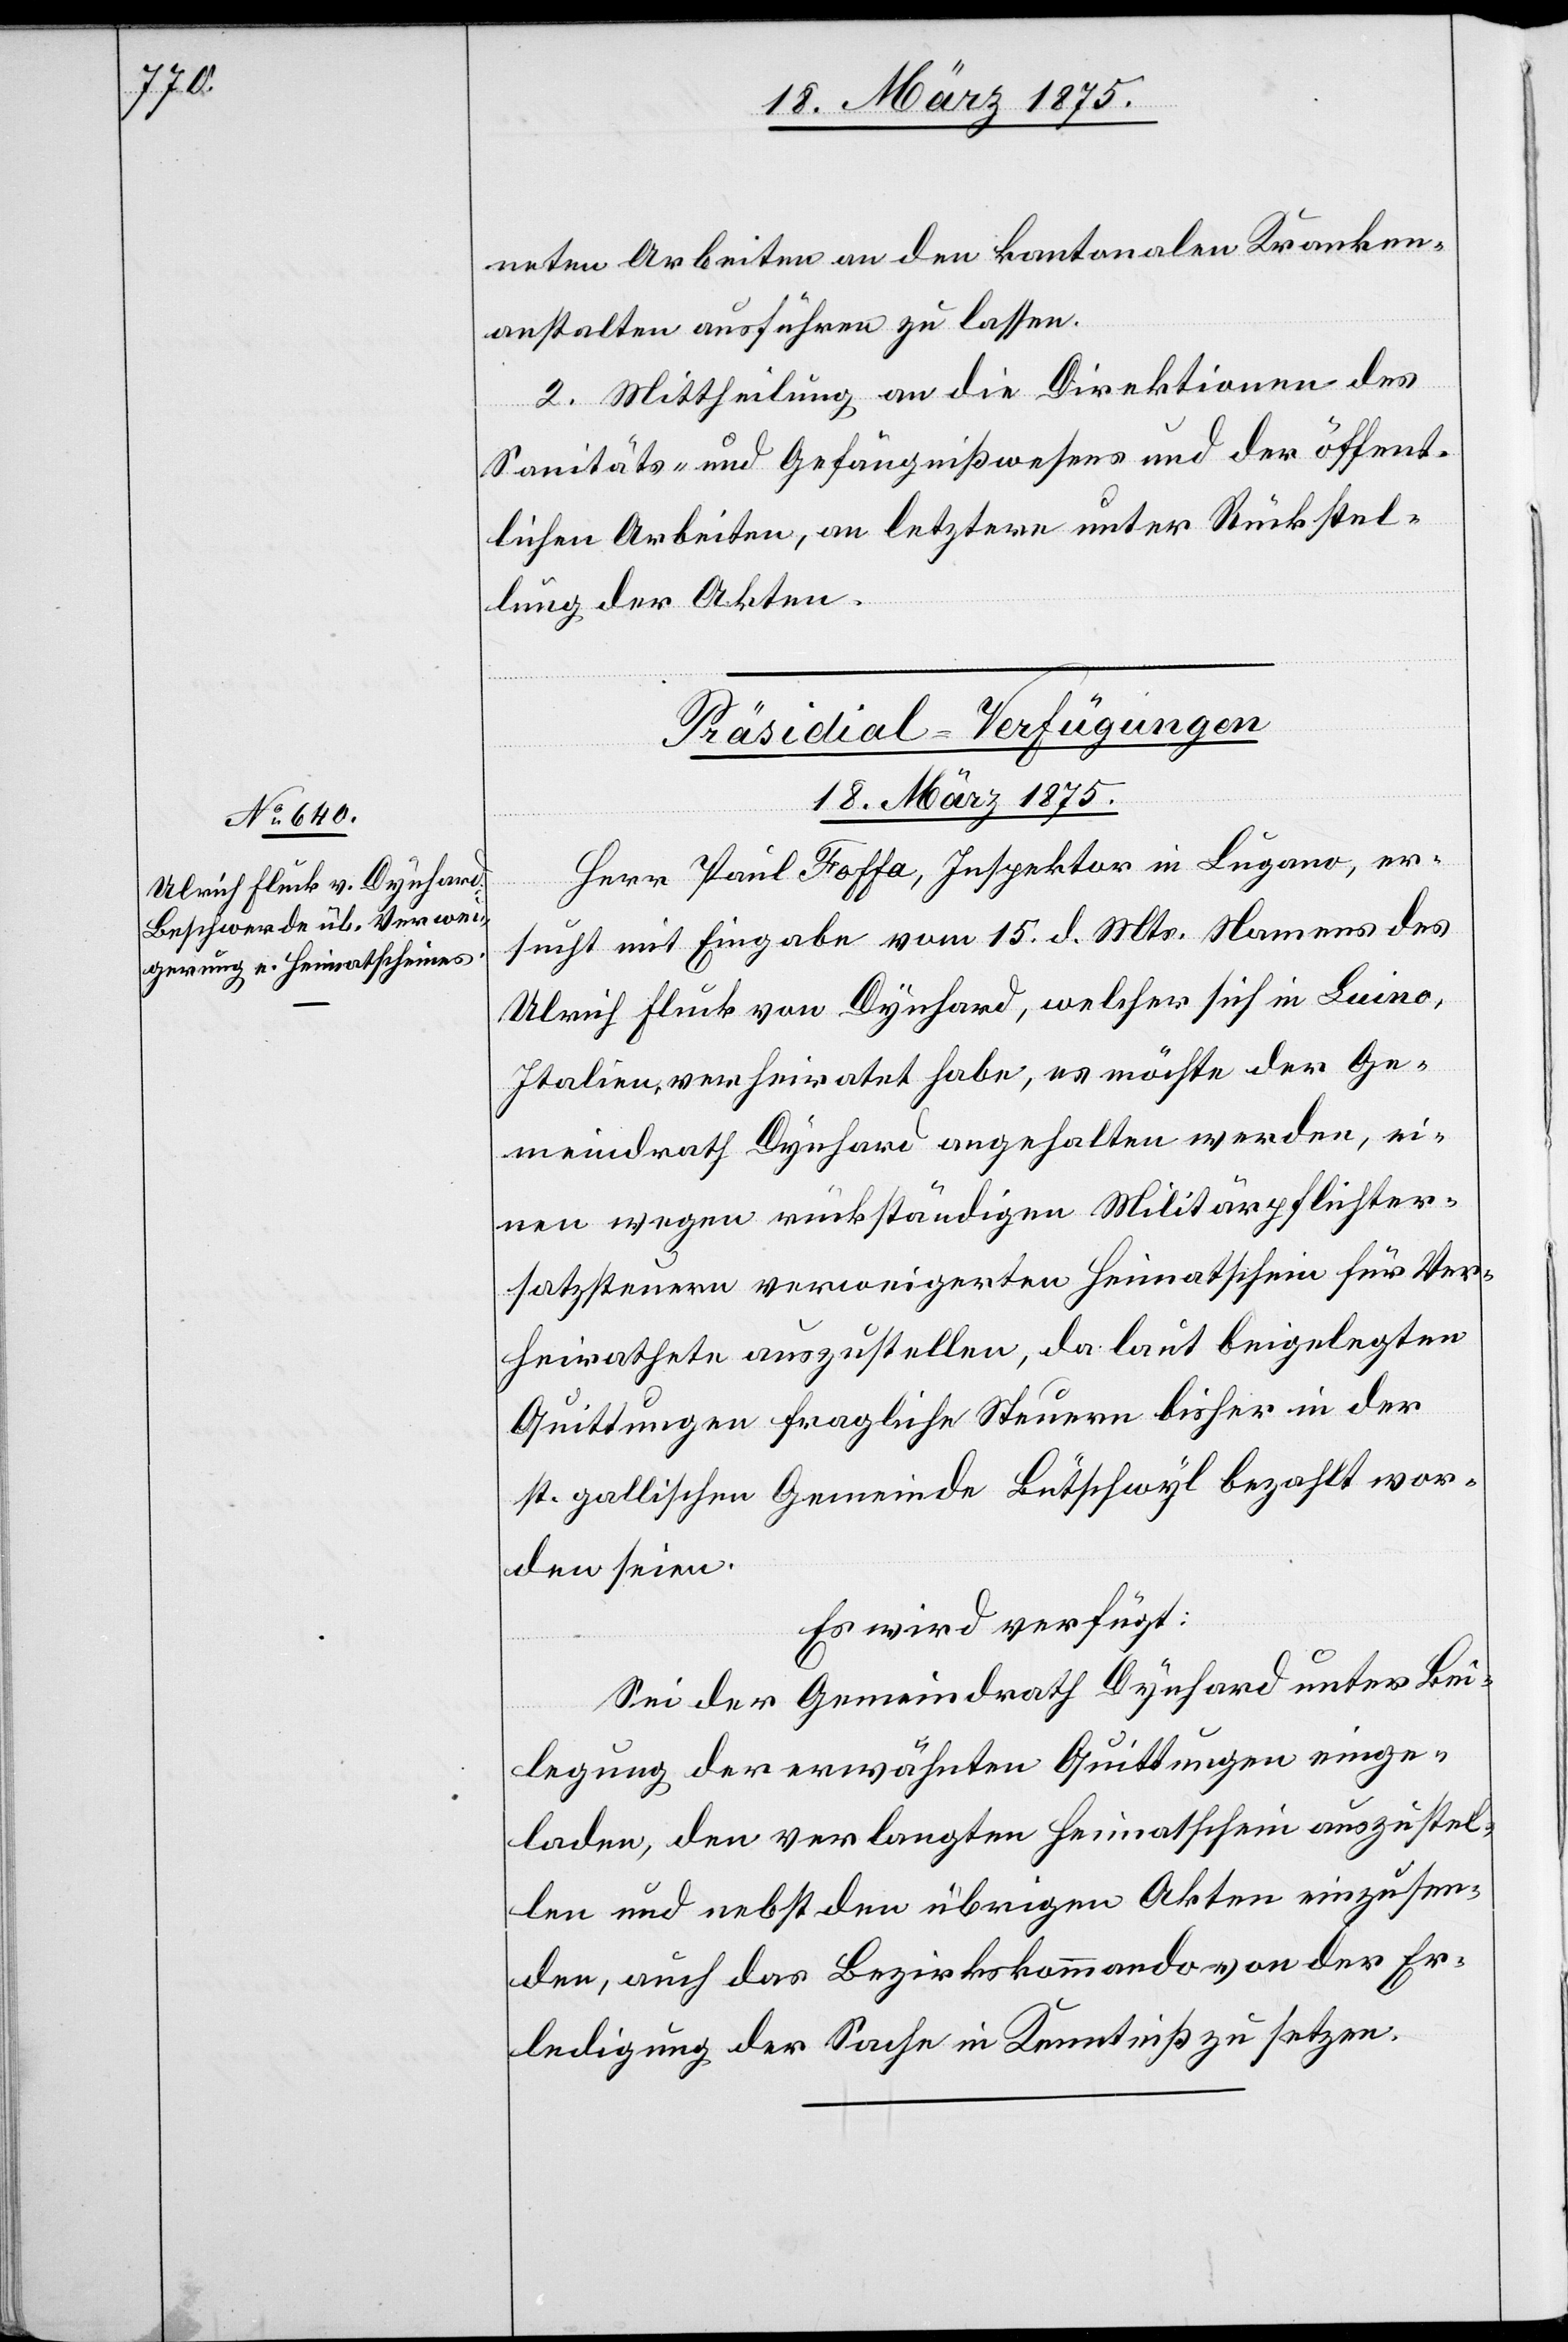
neten Arbeiten an den kantonalen Kranken¬
anstalten ausführen zu lassen.
2. Mittheilung an die Direktionen des
Sanitäts- und Gefängnißwesens und der öffent¬
lichen Arbeiten, an letztere unter Rückstel¬
lung der Akten.
Präsidial-Verfügungen
18. März 1875.
Herr Paul Foffa, Inspektor in Lugano, er¬
sucht mit Eingabe vom 15. d. Mts namens des
Ulrich Fluck von Dynhard, welcher sich in Luino,
Italien, verheiratet habe, es möchte der Ge¬
meindrath Dynhard angehalten werden, ei¬
nen wegen rückständigen Militärpflichter¬
satzsteuern verweigerten Heimatschein für Ver¬
heirathete auszustellen, da laut beigelegten
Quittungen fragliche Steuern bisher in der
st. gallischen Gemeinde Lutschwyl bezahlt wor¬
den seien.
Es wird verfügt:
Sei der Gemeindrath Dynhard unter Bei¬
legung der erwähnten Quittungen einge¬
laden, den verlangten Heimatschein auszustel¬
len und nebst den übrigen Akten einzusen¬
den, auch das Bezirkskommando von der Er¬
ledigung der Sache in Kenntniß zu setzen.